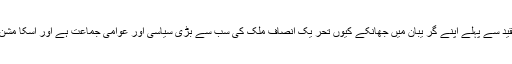
انہوں نے کہا کہ (ن) لیگ والے تحر یک انصاف پر تنقید سے پہلے اپنے گر یبان میں جھانکے کیوں تحر یک انصاف ملک کی سب سے بڑی سیاسی اور عوامی جماعت ہے اور اسکا مشن صرف اور صرف ملک کی تر قی اور خوشخالی ہے ۔